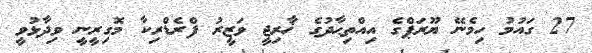
27 ގައުމު ހިމެނޭ ޔޫރަޕްގެ އިއްތިޙާދުގެ ޚާރިޖީ ވަޒީރު ފްރެޑްރިކާ މޮގިރީނީ ވިދާޅުވީ